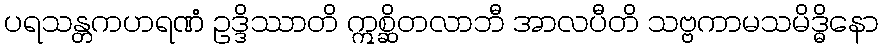
ပရသန္တကဟရဏံ ဥဒ္ဒိဿာတိ ဣစ္ဆိတလာဘီ အာလပီတိ သဗ္ဗကာမသမိဒ္ဓိနော